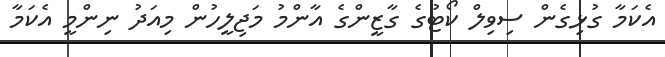
އެކަމާ ގުޅިގެން ސިވިލް ކޯޓުގެ ގާޒީންގެ އާންމު މަޖިލީހުން މިއަދު ނިންމީ އެކަމާ